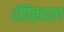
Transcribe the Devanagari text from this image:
वीऍफ़एल